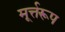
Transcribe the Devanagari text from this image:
मूर्त्तरूप